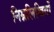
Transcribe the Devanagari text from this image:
निम्नलिखितों